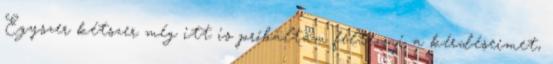
Egyszer kétszer még itt is próbáltam feltenni a kérdéseimet,